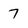
Character: 7